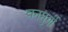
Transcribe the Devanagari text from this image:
वनमुर्गी